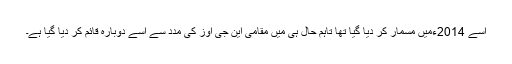
اسے 2014ءمیں مسمار کر دیا گیا تھا تاہم حال ہی میں مقامی این جی اوز کی مدد سے اسے دوبارہ قائم کر دیا گیا ہے۔